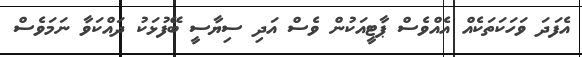
އެފަދަ ވަހަކަތަކެއް އެއްވެސް ޕާޓީއަކުން ވެސް އަދި ސިޔާސީ ބޭފުޅަކު ދައްކަވާ ނަމަވެސް